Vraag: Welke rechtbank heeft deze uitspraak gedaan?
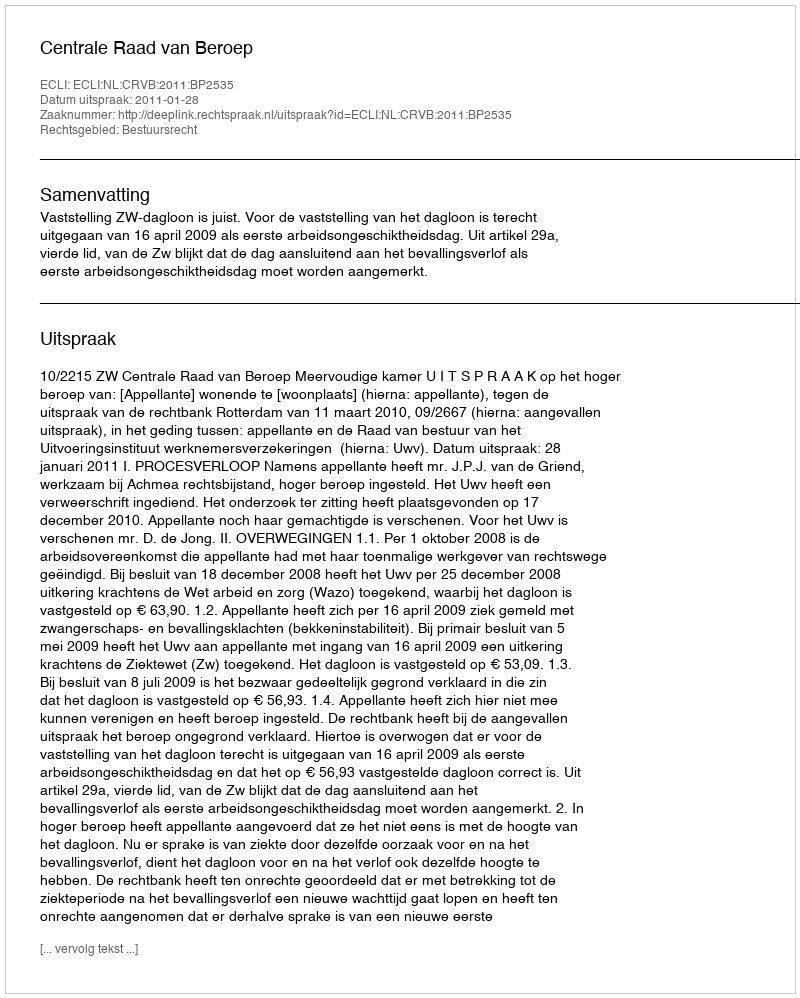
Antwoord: Centrale Raad van Beroep